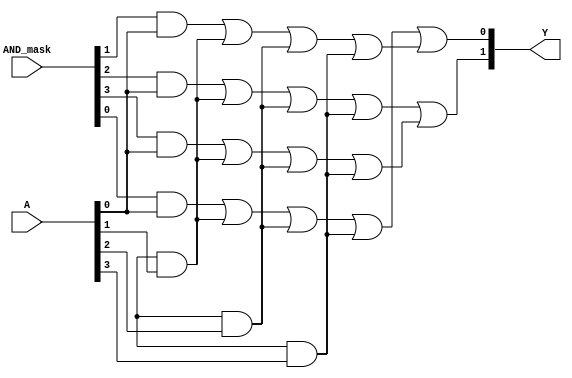
module SPAL #(
    parameter N = 4, // Number of inputs
    parameter P = 4, // Number of product terms
    parameter M = 2  // Number of outputs
)(
    input  [N-1:0] A,        // Input lines
    input  [P-1:0] AND_mask, // Mask for programmable AND array
    output [M-1:0] Y         // Output lines
);

// Internal wires for product terms
wire [P-1:0] product_terms;

// Programmable AND array
genvar i, j;
generate
    for (i = 0; i < P; i = i + 1) begin : and_array
        assign product_terms[i] = (AND_mask[i] & A[0]) | 
                                   (AND_mask[i + P] & A[1]) | 
                                   (AND_mask[i + 2*P] & A[2]) | 
                                   (AND_mask[i + 3*P] & A[3]);
    end
endgenerate

// Fixed OR array
assign Y[0] = product_terms[0] | product_terms[1]; // Example combination for output Y1
assign Y[1] = product_terms[2] | product_terms[3]; // Example combination for output Y2

endmodule